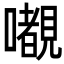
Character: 𭌎